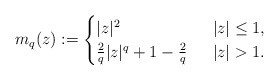
\begin{align*}m_{q}(z):=\begin{cases} |z|^{2} &\;\;|z|\leq 1,\\ \frac{2}{q}|z|^{q} + 1 - \frac{2}{q}&\;\;|z|>1. \end{cases} \end{align*}